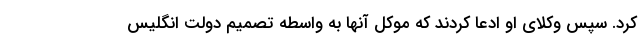
کرد. سپس وکلای او ادعا کردند که موکل آنها به واسطه تصمیم دولت انگلیس